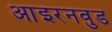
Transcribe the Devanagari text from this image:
आइरनवुड